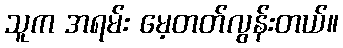
သူက အရမ်း မေ့တတ်လွန်းတယ်။